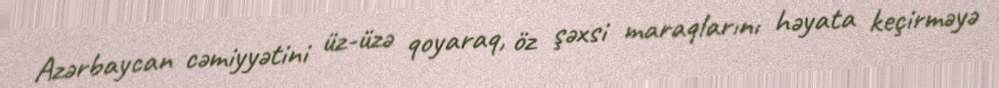
Azərbaycan cəmiyyətini üz-üzə qoyaraq, öz şəxsi maraqlarını həyata keçirməyə